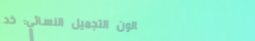
صالون التجميل النسائي: خد